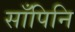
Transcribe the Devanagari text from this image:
साँपिनि